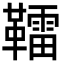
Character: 𩍢